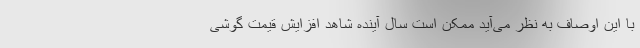
‌با این اوصاف به نظر می‌آید ممکن است سال آینده شاهد افزایش قیمت گوشی